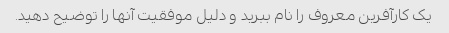
یک کارآفرین معروف را نام ببرید و دلیل موفقیت آنها را توضیح دهید.